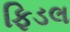
ફિડલ